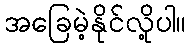
အခြေမဲ့နိုင်လို့ပါ။